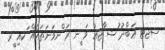
ސޖޓ ޢަބްދު ުޝ ާޖޢު ވަ ީނ ރަ ްނވަނަތަކެއް ަކއި ީރ